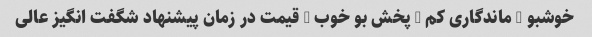
خوشبو - ماندگاری کم - پخش بو خوب - قیمت در زمان پیشنهاد شگفت انگیز عالی